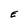
Character: E